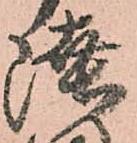
陸